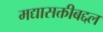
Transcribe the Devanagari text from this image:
मद्यासक्तीबद्दल